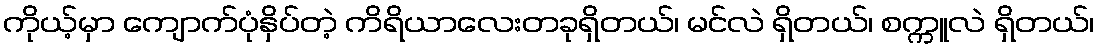
ကိုယ့်မှာ ကျောက်ပုံနှိပ်တဲ့ ကိရိယာလေးတခုရှိတယ်၊ မင်လဲ ရှိတယ်၊ စက္ကူလဲ ရှိတယ်၊